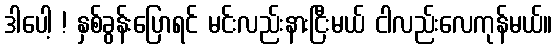
ဒါပေါ့ ! နှစ်ခွန်းပြောရင် မင်းလည်းနားငြီးမယ် ငါလည်းလေကုန်မယ်။